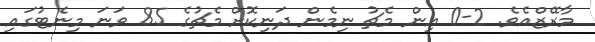
މާރޭޒްއެވެ. 2-0 އިން މެޗު ނިމެން ދަނިކޮށް މެޗުގެ 85 ވަނަ މިނެޓުގައި